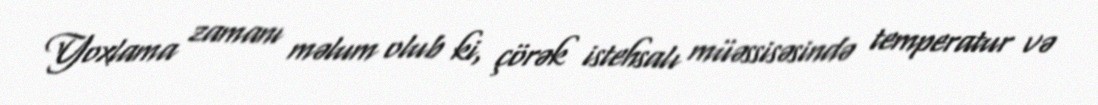
Yoxlama zamanı məlum olub ki, çörək istehsalı müəssisəsində temperatur və